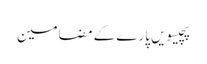
پچیسویں پارے کے مضامین